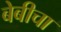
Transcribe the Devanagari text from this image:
बेबीचा